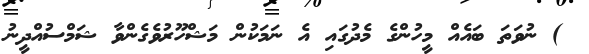
) ނުވަތަ ބައެއް މީހުންގެ މެދުގައި އެ ނަމަކުން މަޝްހޫރުވެގެންވާ ޝަމްސުއްދީނު